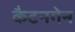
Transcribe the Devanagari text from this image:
कैटनगेन